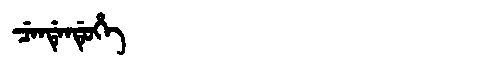
Manchu: ᠴᡝᠨᡩᡝᠨᡩᡠᡥᡝ
Romanization: CENDENDUHE